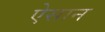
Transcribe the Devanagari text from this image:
ऐसान